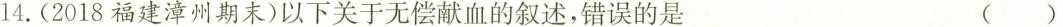
14.(2018福建漳州期末)以下关于无偿献血的叙述，错误的是 ( )